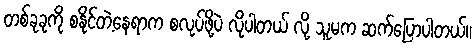
တစ်ခုခုကို စနိုင်တဲ့နေရာက စလုပ်ဖို့ပဲ လိုပါတယ် လို့ သူမက ဆက်ပြောပါတယ်။